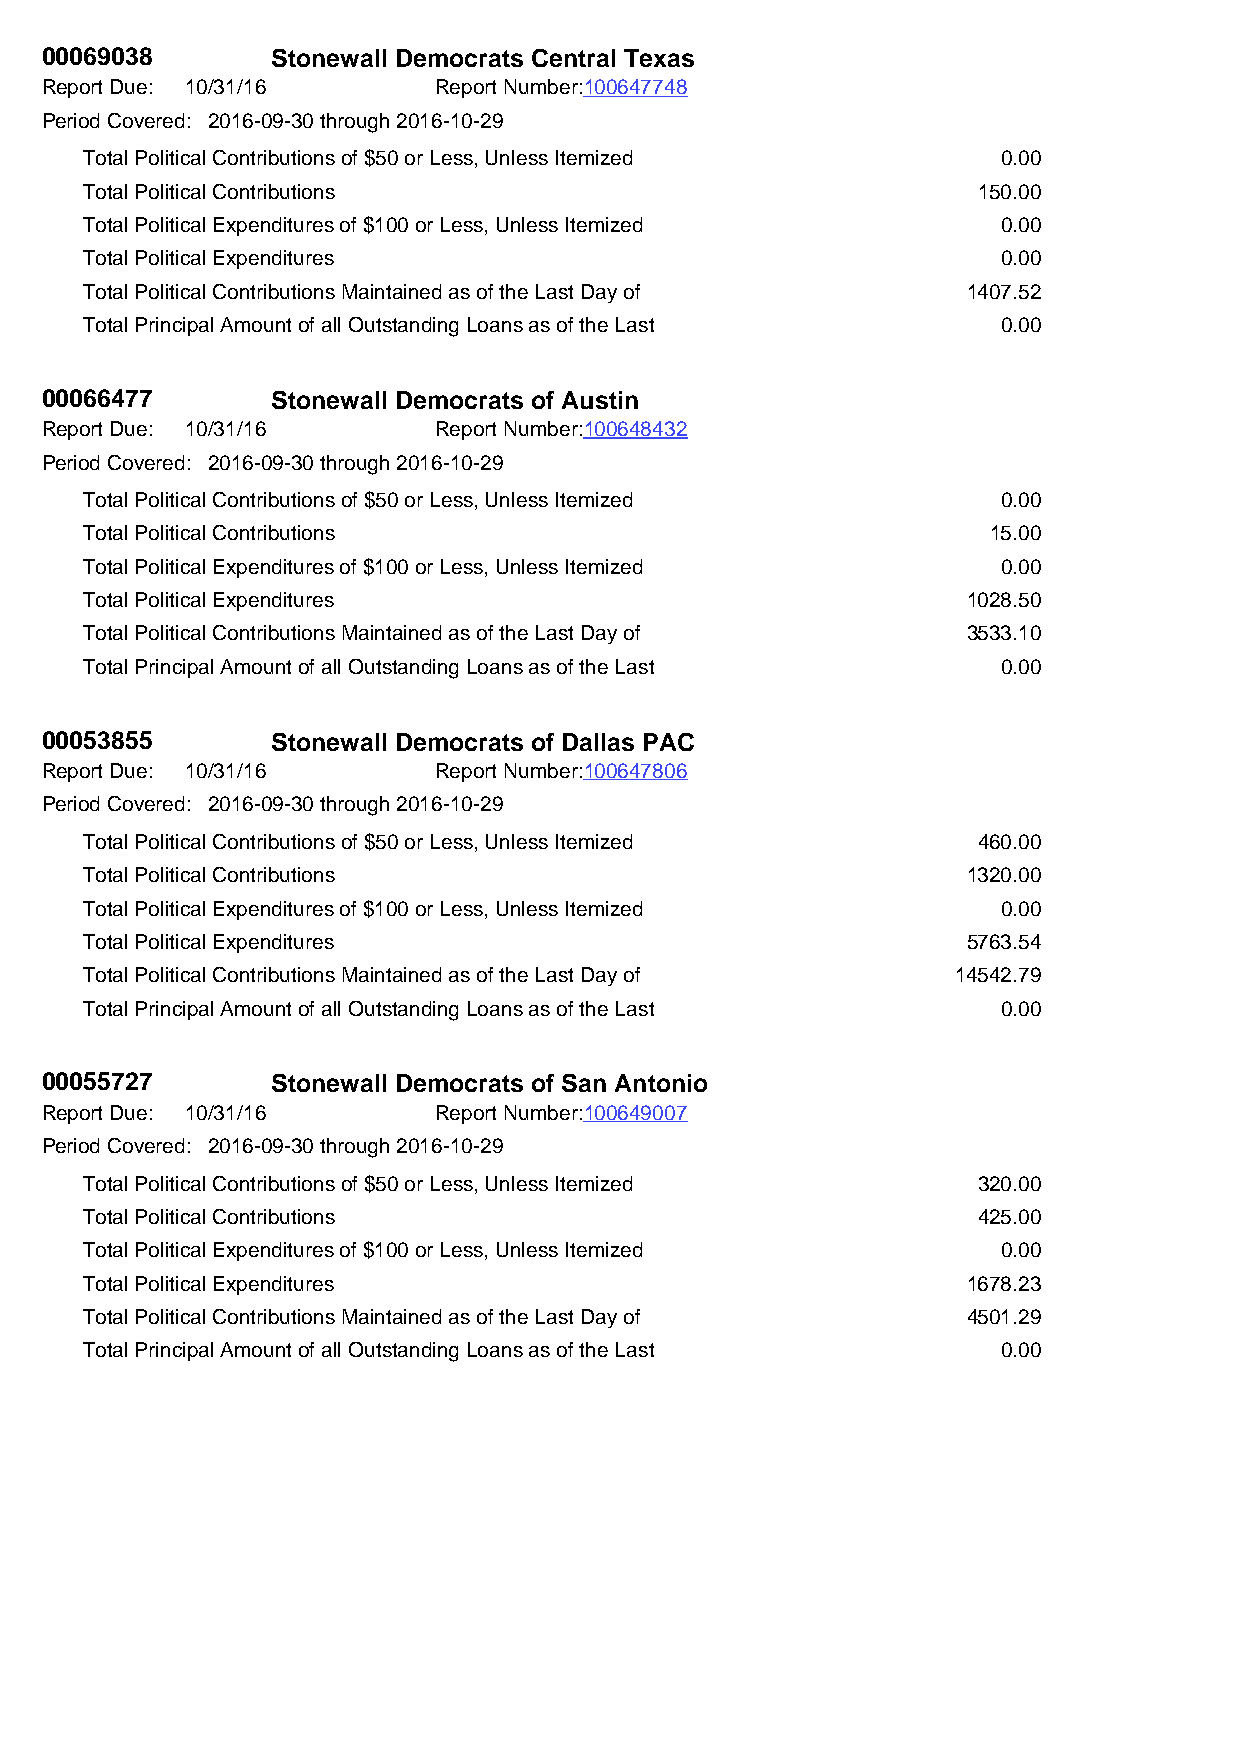
00069038       Stonewall Democrats Central Texas
 Report Due: 10/31/16      Report Number:100647748
 Period Covered: 2016-09-30 through 2016-10-29
 Total Political Contributions of $50 or Less, Unless Itemized 0.00
 Total Political Contributions                              150.00
 Total Political Expenditures of $100 or Less, Unless Itemized 0.00
 Total Political Expenditures                                0.00
 Total Political Contributions Maintained as of the Last Day of 1407.52
 Total Principal Amount of all Outstanding Loans as of the Last 0.00
 00066477       Stonewall Democrats of Austin
 Report Due: 10/31/16      Report Number:100648432
 Period Covered: 2016-09-30 through 2016-10-29
 Total Political Contributions of $50 or Less, Unless Itemized 0.00
 Total Political Contributions                               15.00
 Total Political Expenditures of $100 or Less, Unless Itemized 0.00
 Total Political Expenditures                              1028.50
 Total Political Contributions Maintained as of the Last Day of 3533.10
 Total Principal Amount of all Outstanding Loans as of the Last 0.00
 00053855       Stonewall Democrats of Dallas PAC
 Report Due: 10/31/16      Report Number:100647806
 Period Covered: 2016-09-30 through 2016-10-29
 Total Political Contributions of $50 or Less, Unless Itemized 460.00
 Total Political Contributions                             1320.00
 Total Political Expenditures of $100 or Less, Unless Itemized 0.00
 Total Political Expenditures                              5763.54
 Total Political Contributions Maintained as of the Last Day of 14542.79
 Total Principal Amount of all Outstanding Loans as of the Last 0.00
 00055727       Stonewall Democrats of San Antonio
 Report Due: 10/31/16      Report Number:100649007
 Period Covered: 2016-09-30 through 2016-10-29
 Total Political Contributions of $50 or Less, Unless Itemized 320.00
 Total Political Contributions                              425.00
 Total Political Expenditures of $100 or Less, Unless Itemized 0.00
 Total Political Expenditures                              1678.23
 Total Political Contributions Maintained as of the Last Day of 4501.29
 Total Principal Amount of all Outstanding Loans as of the Last 0.00